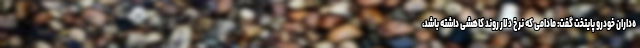
ه‌داران خودرو پایتخت گفت: مادامی که نرخ دلار روند کاهشی داشته باشد،